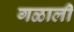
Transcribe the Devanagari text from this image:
गळाली